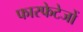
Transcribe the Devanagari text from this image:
फास्फेटेजों